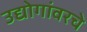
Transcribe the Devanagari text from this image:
उद्योगांवरचे